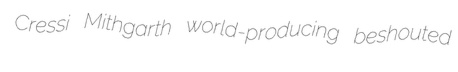
Cressi Mithgarth world-producing beshouted